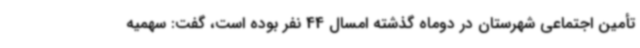
تأمین اجتماعی شهرستان در دوماه گذشته امسال 44 نفر بوده است، گفت: سهمیه